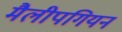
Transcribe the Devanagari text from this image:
मैलीपगियन